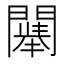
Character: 𲈳